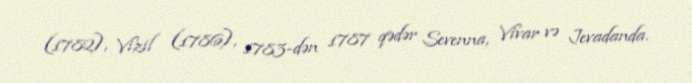
(1782), Vizil (1786), 1783-dən 1787 qədər Sevenna, Vivar və Jevadanda.